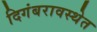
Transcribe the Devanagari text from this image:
दिगंबरावस्थेत